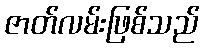
ဇာတ်လမ်းဖြစ်သည်